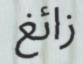
زائغ